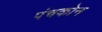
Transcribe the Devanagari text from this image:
पंचकोन